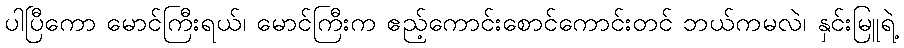
ပါပြီကော မောင်ကြီးရယ်၊ မောင်ကြီးက ဧည့်ကောင်းစောင်ကောင်းတင် ဘယ်ကမလဲ၊ နှင်းမြူရဲ့